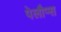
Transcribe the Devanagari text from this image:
पेलौप्स